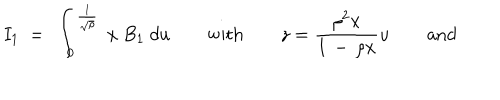
LaTeX: I _ { 1 } \ = \ \int _ { 0 } ^ { \frac { 1 } { \sqrt { \rho } } } \ x \ B _ { 1 } \ d u \qquad \mathrm { w i t h } \qquad { \displaystyle z = { \frac { \rho ^ { 2 } x } { 1 \, - \, \rho x } } u } \qquad \mathrm { a n d }